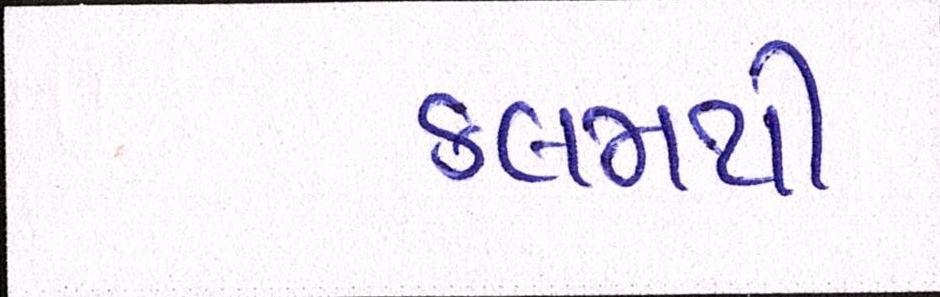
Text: કલમથી